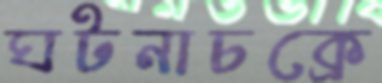
ঘটনাচক্রে